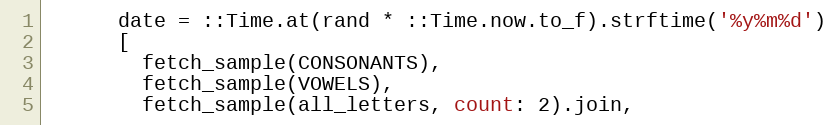
Language: Ruby
      date = ::Time.at(rand * ::Time.now.to_f).strftime('%y%m%d')
      [
        fetch_sample(CONSONANTS),
        fetch_sample(VOWELS),
        fetch_sample(all_letters, count: 2).join,